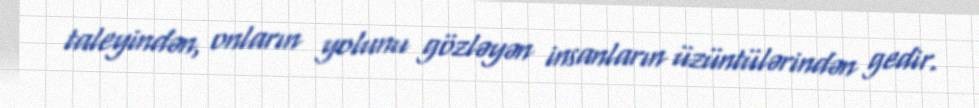
taleyindən, onların yolunu gözləyən insanların üzüntülərindən gedir.